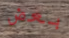
بعض